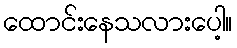
ထောင်းနေသလားပေါ့။